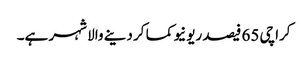
کراچی 65 فیصد ریونیو کما کر دینے والا شہر ہے۔